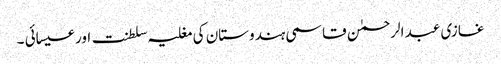
غازی عبد الرحمٰن قاسمی ہندوستان کی مغلیہ سلطنت اور عیسائی ۔